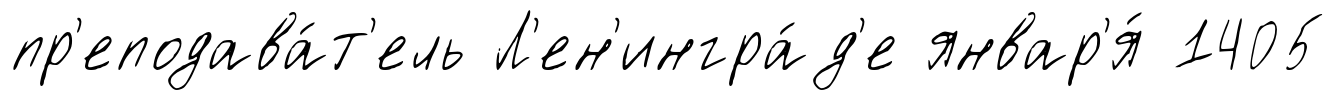
пр'еподава́т'ель Л'ен'ингра́д'е январ'я́ 1405